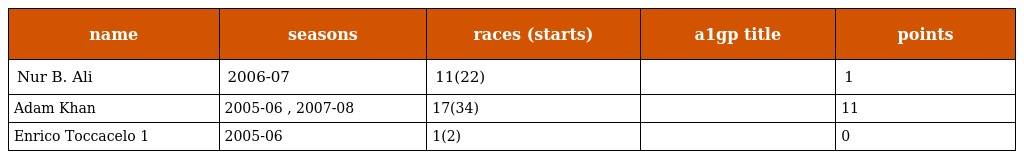
| name | seasons | races (starts) | a1gp title | points |
 | --- | --- | --- | --- | --- |
 | Nur B. Ali | 2006-07 | 11(22) |  | 1 |
 | Adam Khan | 2005-06 , 2007-08 | 17(34) |  | 11 |
 | Enrico Toccacelo 1 | 2005-06 | 1(2) |  | 0 |